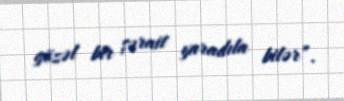
gözəl bir şərait yaradıla bilər”.